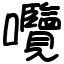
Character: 囕